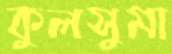
কুলসুমা